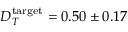
D _ { T } ^ { \mathrm { t a r g e t } } = 0 . 5 0 \pm 0 . 1 7